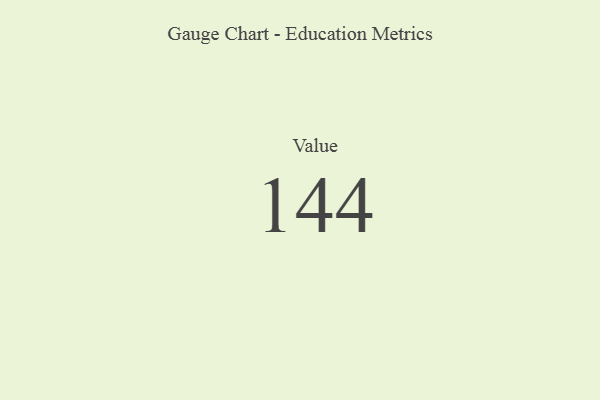
{"axis": {"x": "Metric", "y": "Value"}, "legend": [""], "data": [{"x": "Value", "y": 144, "type": ""}]}